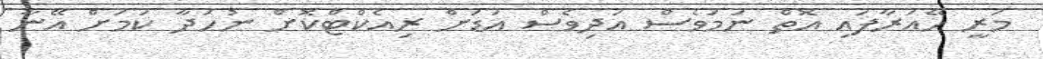
މަރީ ހޭއަރާފައި އޮތް ނަމަވެސް އަދިވެސް އަޑަށް ރިއެކްޓްކޮށް ނުހަދާ ކަމަށް އޭނާ